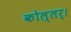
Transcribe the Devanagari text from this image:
कोल्लर्।